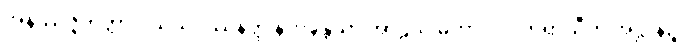
အနိဿဇ္ဇိတတ္တာ ဝိသယဒဿနတ္ထံ နိက္ကဍ္ဎန္တိယာ အာဠိယံ မဟာဝါလိကရာသီတိ အဋ္ဌာနဉ္စ